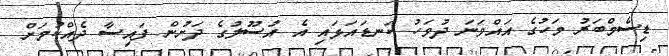
ޑިސެމްބަރު މަހުގެ އައްވަނަ ދުވަހު ކަނޑައަޅައި އެ އުސޫލުގެ ދަށުން ފައިސާ ދެއްކުމަށް